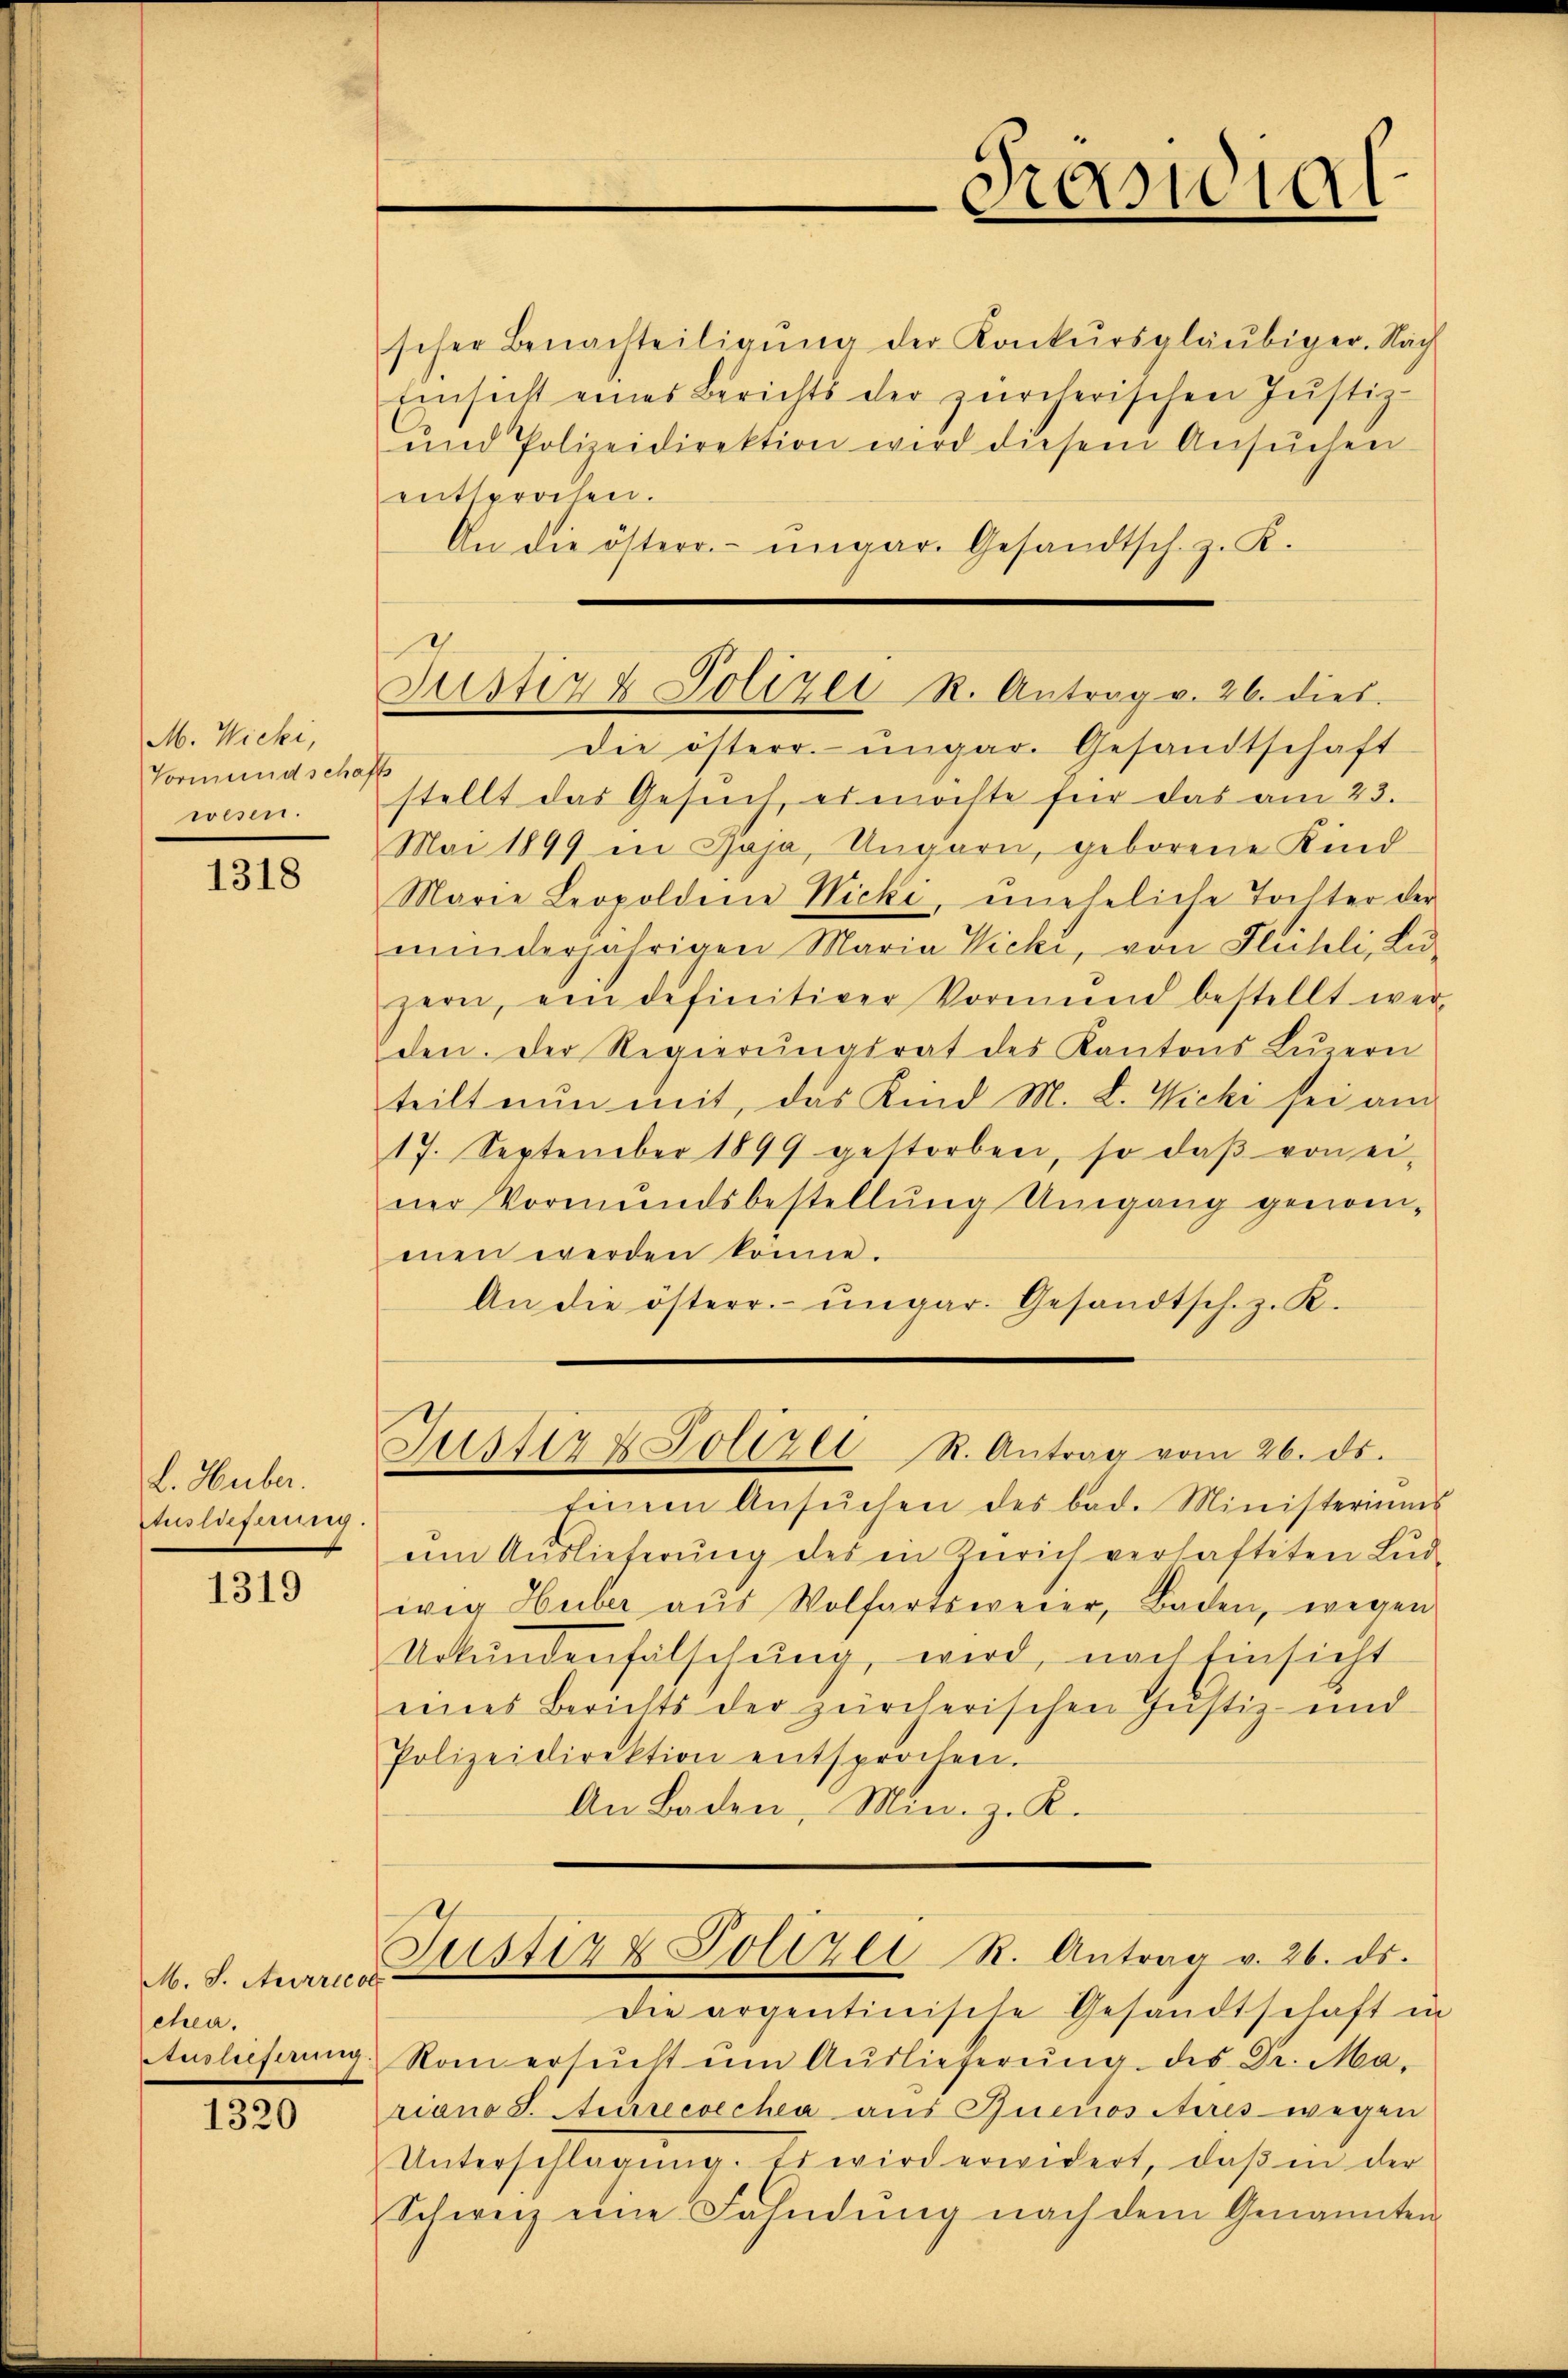
M. Wicki,
Vormundschaf
wesen.

1318

L. Huber.
Auslieferung.

1319

M. S. Aurried
chea.
Ausliefertig

1320

scher Benachteiligŭng der Konkursgläubiger. Nach
Einsicht eines Berichts der zürcherischen Jŭstiz-
und Polizeidirektion wird diesem Ansŭchen
entsprochen.
An die österr.-ungar. Gesandtsch. z. K.

Justiz & Polizei R. Antrag v. 26. dies

Justiz & Polizei R. Antrag vom 26. ds.

Die österr. ungar. Gesandtschaft
s
stellt das Gesuch, es möchte für das am 23.
Mai 1899 in Jaja, Ungarn, geborene Kind
Marie Leopoldene Nicki, ŭneheliche Tochter der
minderjährigen Maria Vicki, von Flühli, Li
zern, ein definitiver Vormund bestellt wer-
den. Der Regierŭngsrat des Kantons Luzern
teilt nun mit, das Kind M. L. Vicki sei am
17. September 1899 gestorben, so daβ von ei-
ner Vormundsbestellung Umgang genom-
men werden könne.
An die österr. ungar. Gesandtsch. z. K.
Einem Ansŭchen des bad. Ministeriums
am Auslieferung des in Zürich verhafteten Ludwig Huber aus Wolfartsweier, Baden, wegen
Urkŭndenfälschung, wird, nach Einsicht
eines Berichts der zürcherischen Justiz und
Polizeidirektion entsprochen.
An Baden, Min. z. K.
Justiz & Polizei R. Antrag v. 26. ds.
Die argentinische Gesandtschaft in
Rom ersŭcht um Auslieferŭng des Dr. Ma-
riano S. Ausreevechia aus Buccositires wegen
Unterschlagung. Es wird erwidert, daß in der
Schweiz eine Fahndŭng nach dem Genannten

Präsidial